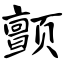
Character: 颤